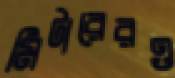
মিটারেরও